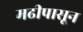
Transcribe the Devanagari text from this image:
मढीपासून